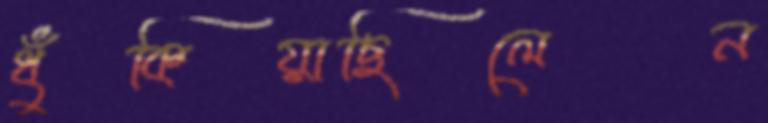
ধুঁকিয়াছিলেন